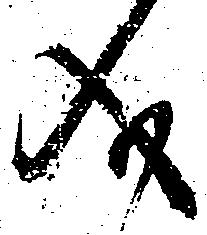
義